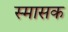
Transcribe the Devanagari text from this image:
स्मासक